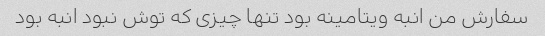
سفارش من انبه ویتامینه بود تنها چیزی که توش نبود انبه بود